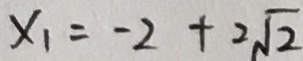
x _ { 1 } = - 2 + 2 \sqrt { 2 }